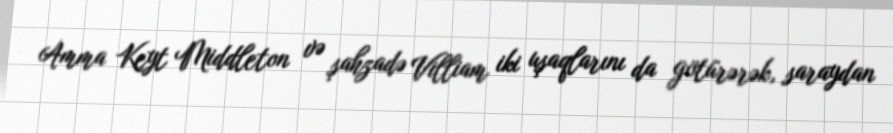
Amma Keyt Middleton və şahzadə Villiam iki uşaqlarını da götürərək, saraydan